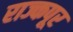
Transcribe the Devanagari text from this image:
राज्कपूर